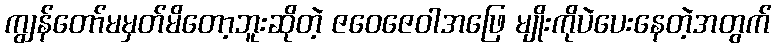
ကျွန်တော်မမှတ်မိတော့ဘူးဆိုတဲ့ ဇဝေဇေဝါအဖြေ မျိုးကိုပဲပေးနေတဲ့အတွက်